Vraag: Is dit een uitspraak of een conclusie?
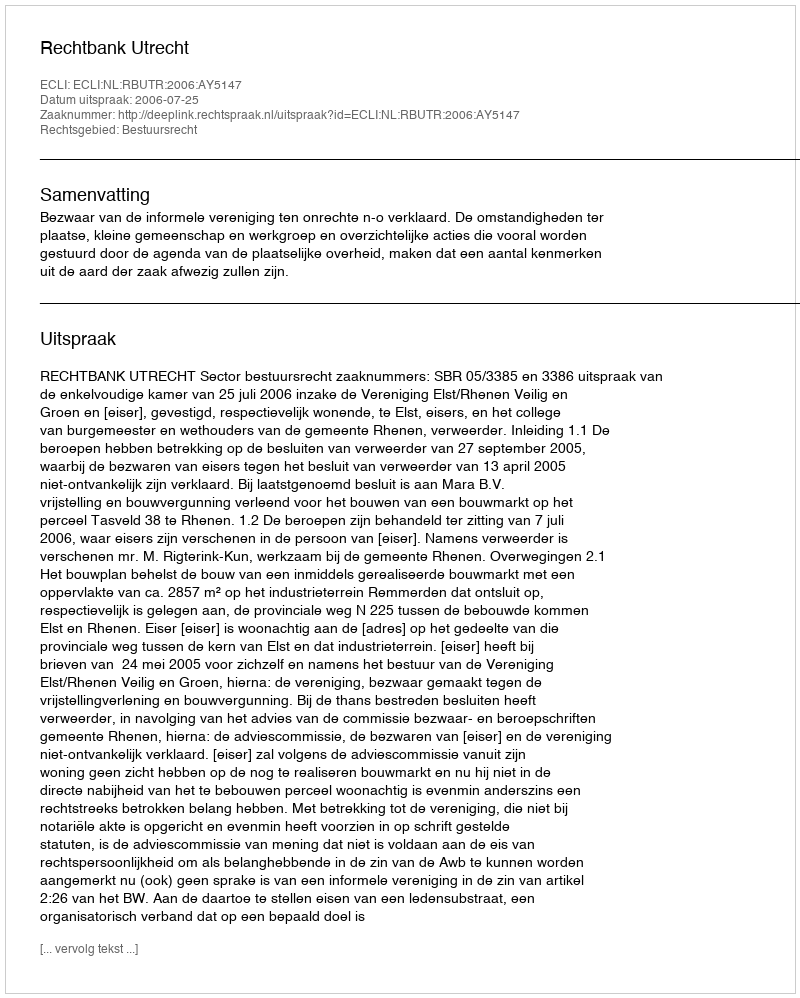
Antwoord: Uitspraak